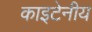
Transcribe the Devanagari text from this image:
काइटेनीय